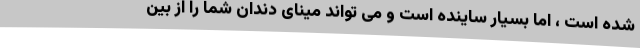
شده است ، اما بسیار ساینده است و می تواند مینای دندان شما را از بین